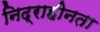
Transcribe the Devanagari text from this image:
निद्राहीनता